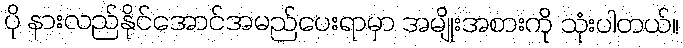
ပို နားလည်နိုင်အောင်အမည်ပေးရာမှာ အမျိုးအစားကို သုံးပါတယ်။